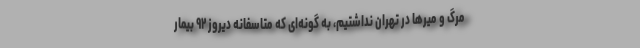
مرگ و میرها در تهران نداشتیم، به گونه‌ای که متاسفانه دیروز ۹۲ بیمار